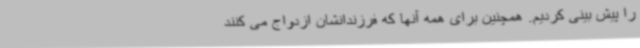
را پیش بینی کردیم. همچنین برای همه آنها که فرزندانشان ازدواج می کنند